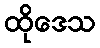
ထိုဒေသ